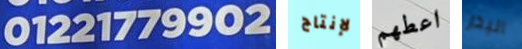
01221779902 لإنتاج اعطهم البدر